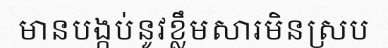
មានបង្កប់នូវខ្លឹមសារមិនស្រប